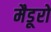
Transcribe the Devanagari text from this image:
मैडूरो